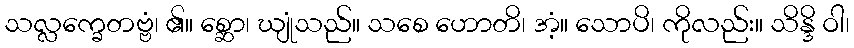
သလ္လက္ခေတဗ္ဗံ၊ ၏။ စ္ဆော၊ ဃျုံသည်။ သစေ ဟောတိ၊ အံ့။ သောပိ၊ ကိုလည်း။ သိန္ဒိ ဝါ၊